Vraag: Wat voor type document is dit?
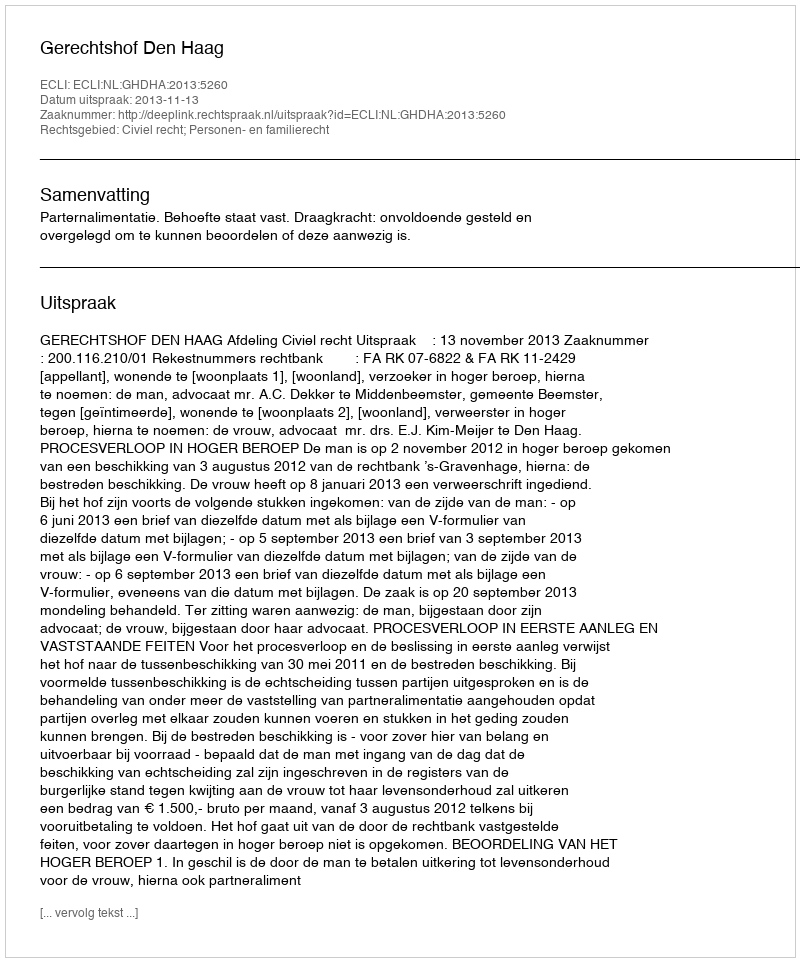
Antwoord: Uitspraak